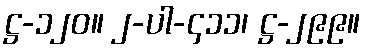
ဋ္ဌ-၁၂၀။ ၂-ပါ-၄၁၁၊ ဋ္ဌ-၂၉၉။